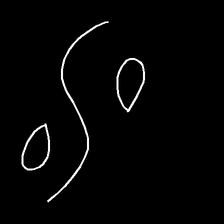
Glyph: water